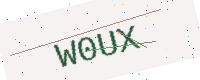
Text: W0UX